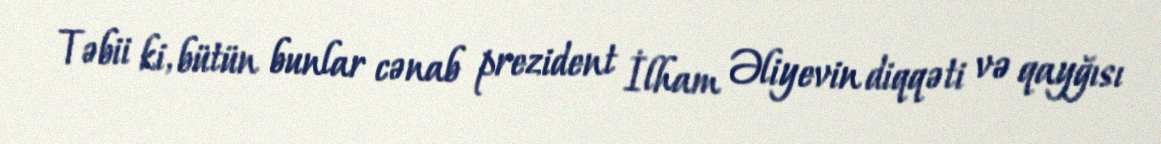
Təbii ki, bütün bunlar cənab prezident İlham Əliyevin diqqəti və qayğısı